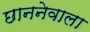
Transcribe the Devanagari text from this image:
छाननेवाला